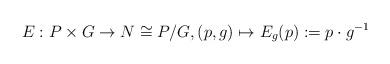
LaTeX: \begin{align*}E:P\times G\to N\cong P/G,(p,g)\mapsto E_{g}(p):=p\cdot g^{-1}\end{align*}